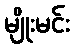
မျိုးမင်း